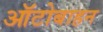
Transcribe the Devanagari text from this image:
ऑटोबाहन